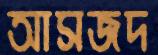
আসজদ